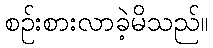
စဉ်းစားလာခဲ့မိသည်။